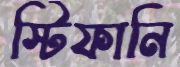
স্টিফানি